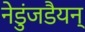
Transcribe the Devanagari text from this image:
नेडुंजडैयन्